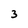
Character: 3